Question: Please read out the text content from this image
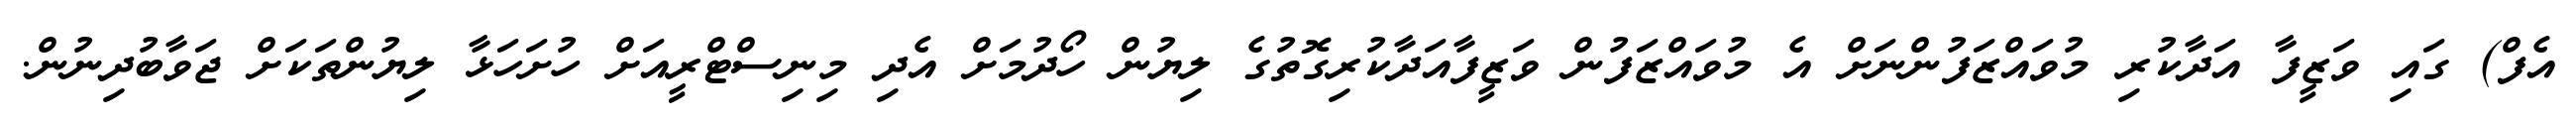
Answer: އެފް) ގައި ވަޒީފާ އަދާކުރި މުވައްޒަފުންނަށް އެ މުވައްޒަފުން ވަޒީފާއަދާކުރިގޮތުގެ ލިޔުން ހޯދުމަށް އެދި މިނިސްޓްރީއަށް ހުށަހަޅާ ލިޔުންތަކަށް ޖަވާބުދިނުން.